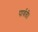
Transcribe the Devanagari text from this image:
पार्वती।